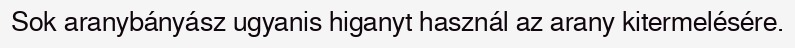
Sok aranybányász ugyanis higanyt használ az arany kitermelésére.